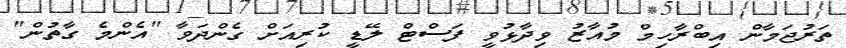
ތަރުޖަމާން އިބްރާހިމް މުއާޒު ވިދާޅުވީ ފަސްޓް ލޭޑީ ކުރިއަށް ގެންދަވާ "އެންމެ ގާތުން"